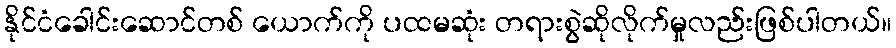
နိုင်ငံခေါင်းဆောင်တစ် ယောက်ကို ပထမဆုံး တရားစွဲဆိုလိုက်မှုလည်းဖြစ်ပါတယ်။